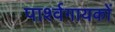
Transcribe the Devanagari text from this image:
पार्श्वगायकों